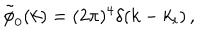
LaTeX: \tilde { \phi } _ { 0 } ( k ) = ( 2 \pi ) ^ { 4 } \delta ( k - k _ { i } ) \, ,